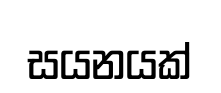
සයනයක්